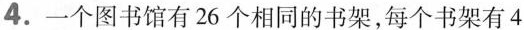
4.一个图书馆有26个相同的书架，每个书架有4